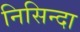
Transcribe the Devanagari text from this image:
निसिन्दा